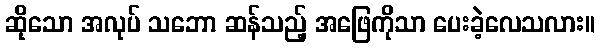
ဆိုသော အလုပ် သဘော ဆန်သည့် အဖြေကိုသာ ပေးခဲ့လေသလား။